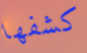
كشفها